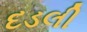
દડલી